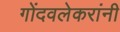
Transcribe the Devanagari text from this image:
गोंदवलेकरांनी